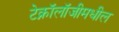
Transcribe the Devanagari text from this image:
टेक्नॉलॉजीमधील